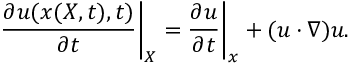
\frac { \partial \b u ( \b x ( \b X , t ) , t ) } { \partial t } \bigg | _ { \b X } = \frac { \partial \b u } { \partial t } \bigg | _ { \b x } + ( \b u \cdot \nabla ) \b u .